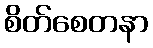
စိတ်စေတနာ